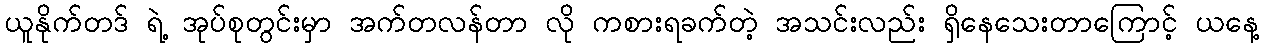
ယူနိုက်တဒ် ရဲ့ အုပ်စုတွင်းမှာ အက်တလန်တာ လို ကစားရခက်တဲ့ အသင်းလည်း ရှိနေသေးတာကြောင့် ယနေ့